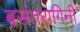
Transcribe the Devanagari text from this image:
बसंतरागिनी